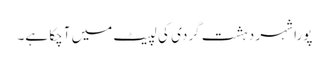
پورا شہر دہشت گردی کی لپیٹ میں آچکا ہے۔